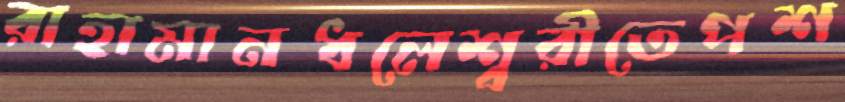
রাহামানধলেশ্বরীতেপশ